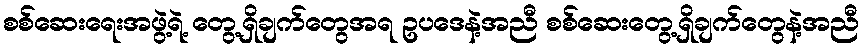
စစ်ဆေးရေးအဖွဲ့ရဲ့ တွေ့ရှိချက်တွေအရ ဥပဒေနဲ့အညီ စစ်ဆေးတွေ့ရှိချက်တွေနဲ့အညီ